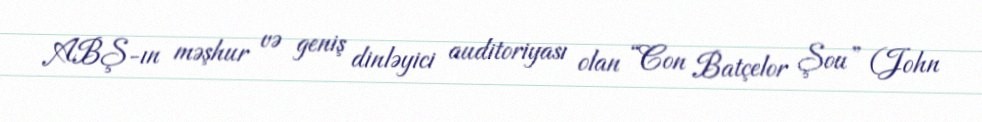
ABŞ-ın məşhur və geniş dinləyici auditoriyası olan “Con Batçelor Şou” (John